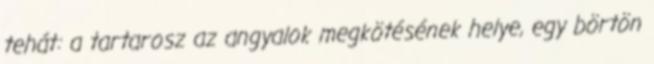
tehát: a tartarosz az angyalok megkötésének helye, egy börtön